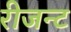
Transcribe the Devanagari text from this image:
रीजन्ट